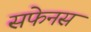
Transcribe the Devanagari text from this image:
सफेनस